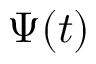
\Psi ( t )